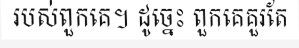
របស់ពួកគេ។ ដូច្នេះ ពួកគេគួរតែ